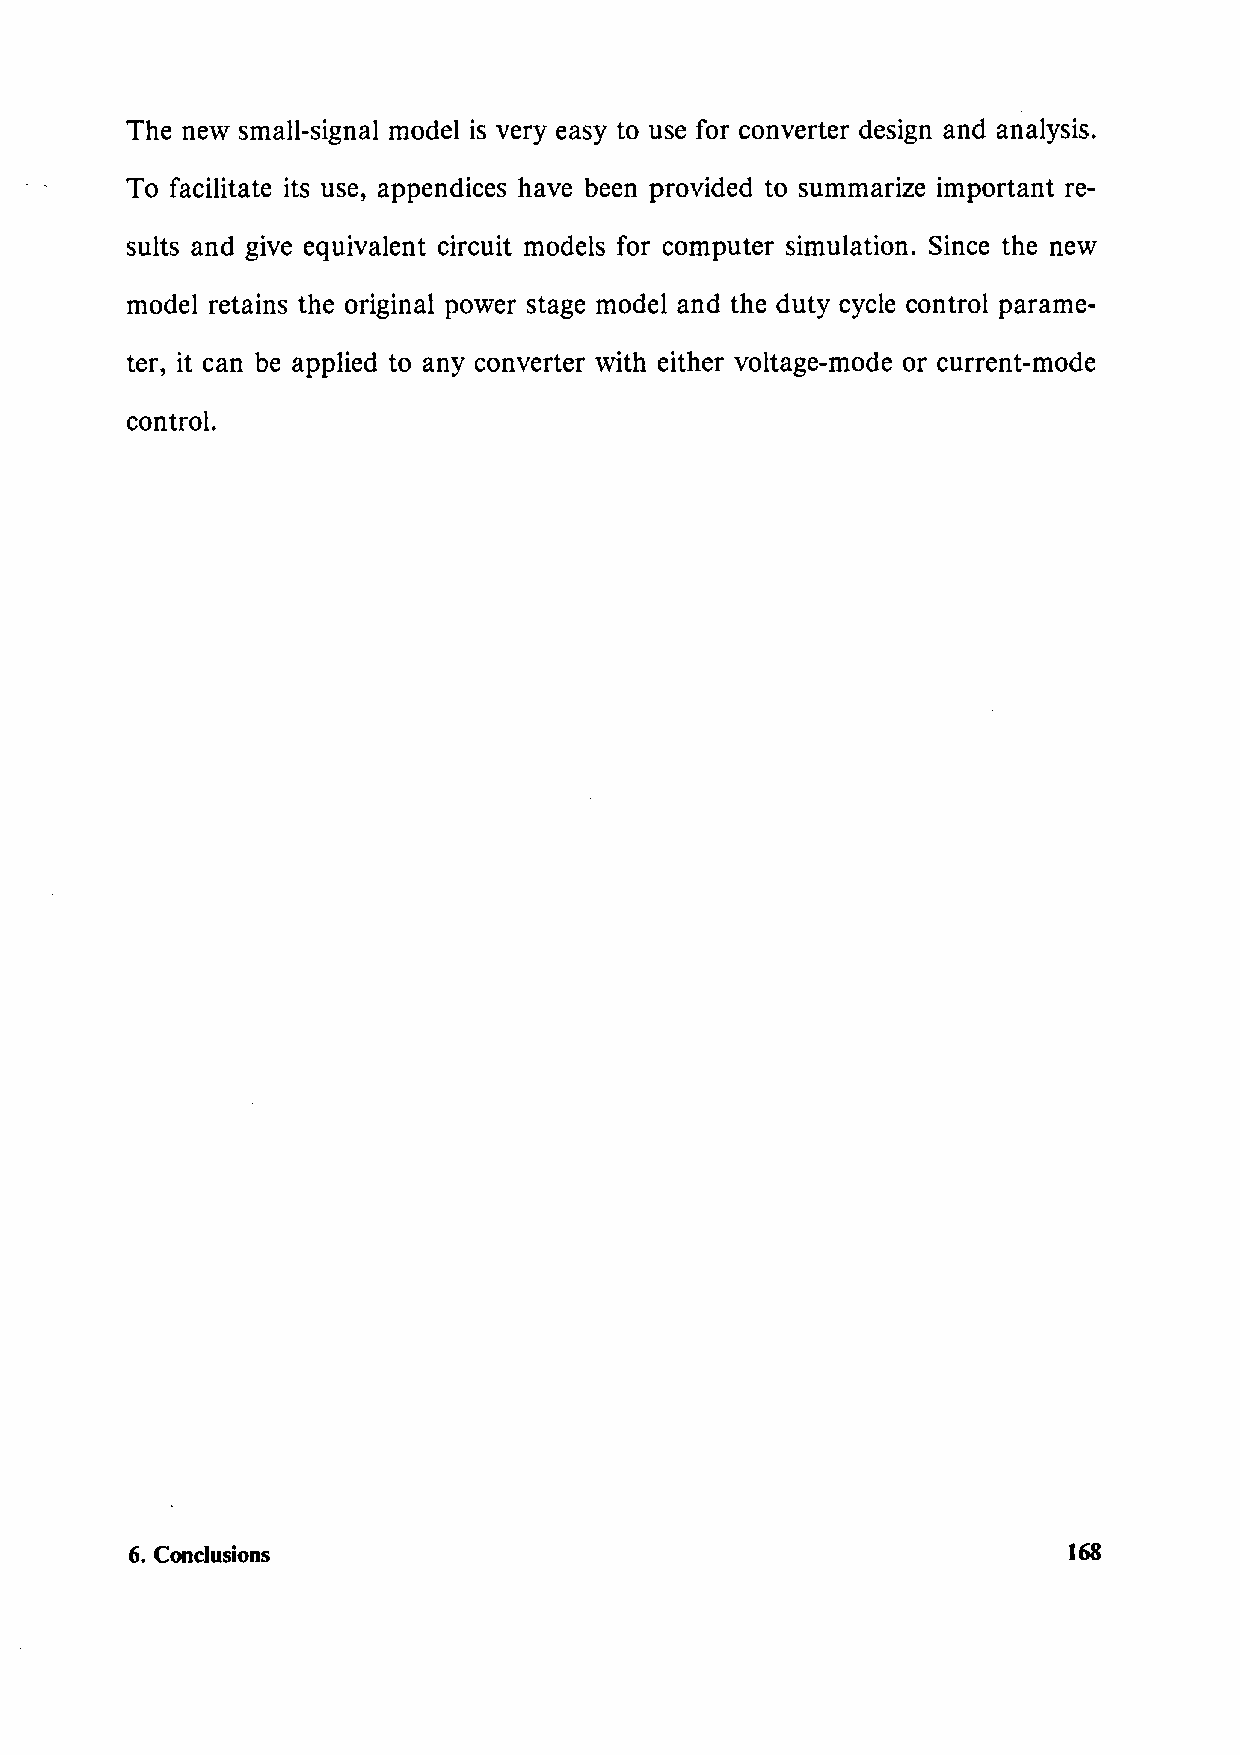
The new small-signal model is very easy to use for converter design and analysis.
 To facilitate its use, appendices have been provided to summarize important re-
 sults and give equivalent circuit models for computer simulation. Since the new
 model retains the original power stage model and the duty cycle control parame-
 ter, it can be applied to any converter with either voltage-mode or current-mode
 control.
 6. Conclusions                                                168